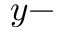
y -